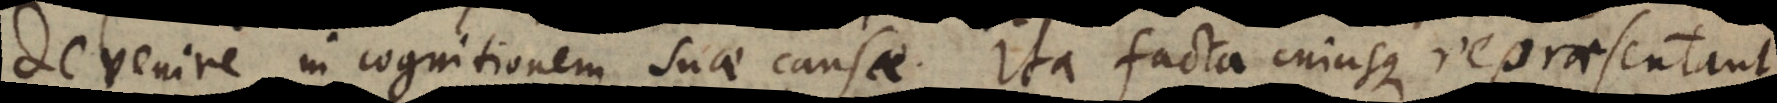
devenire in cognitionem suae causae. Ita facta cujusque repraesentant